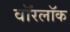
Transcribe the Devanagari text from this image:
वॉरलॉक